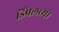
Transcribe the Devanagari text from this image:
डिंपलच्या